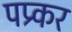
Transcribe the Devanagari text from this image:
पप्र्कर